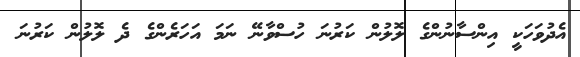
އެދުވަހަކީ އިންސާނުންގެ ލޮލުން ކަރުނަ ހުސްވާނޭ ނަމަ އަހަރެންގެ ދެ ލޮލުން ކަރުނަ